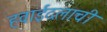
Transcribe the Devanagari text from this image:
हवाईदलाची